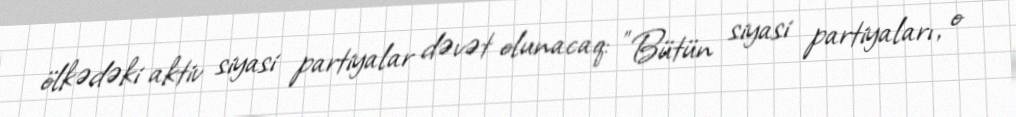
ölkədəki aktiv siyasi partiyalar dəvət olunacaq: "Bütün siyasi partiyaları, o